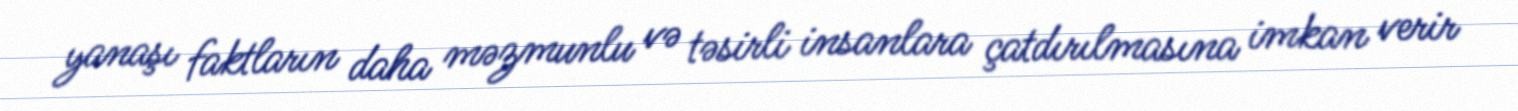
yanaşı faktların daha məzmunlu və təsirli insanlara çatdırılmasına imkan verir